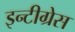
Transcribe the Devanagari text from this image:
इन्टीग्रेस